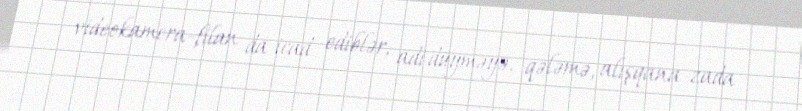
videokamera-filan da icad ediblər, adi düyməyə, qələmə, alışqana-zada